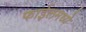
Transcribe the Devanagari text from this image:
फाईलमध्ये